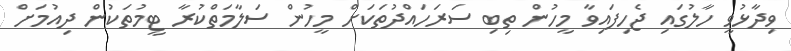
ވިދާޅުވީ ހާލުގައި ޖެހިފައިވާ މީހުން ތިބި ސަރަހައްދުތަކަށް މީހުން ސަލާމަތްކުރާ ޓީމުތަކުން ދިއުމަށް